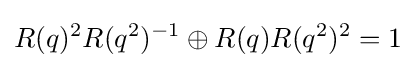
R(q)^{2}R(q^{2})^{-1}\oplus R(q)R(q^{2})^{2}=1